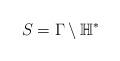
LaTeX: \begin{align*}S=\Gamma\setminus\mathbb{H}^{*}\end{align*}